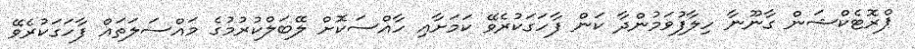
ޕްރޮޓެކްޝަން ގާނޫނާ ހިލާފުވަމުންދާ ކަން ފާހަގަކުރެވޭ ކަމަށާއި ހާއްސަކޮށް ލޭބަލްކުރުމުގެ މައްސަލަތައް ފާހަގަކުރެވޭ